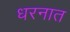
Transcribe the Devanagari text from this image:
धरनात